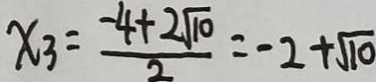
x _ { 3 } = \frac { - 4 + 2 \sqrt { 1 0 } } { 2 } = - 2 + \sqrt { 1 0 }